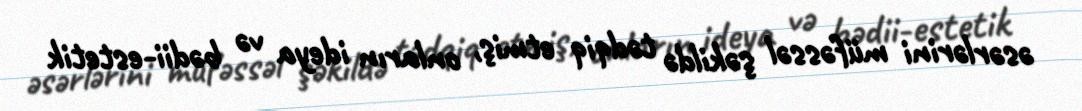
əsərlərini müfəssəl şəkildə tədqiq etmiş, onların ideya və bədii-estetik